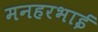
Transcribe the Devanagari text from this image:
मनहरभाई